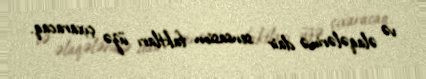
və əlaqələrinə dair sensasion faktları üzə çıxaracaq.